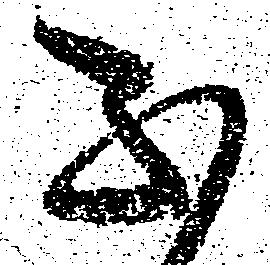
不